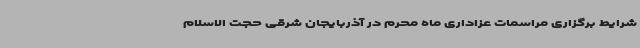
شرایط برگزاری مراسمات عزاداری ماه محرم در آذربایجان شرقی حجت الاسلام